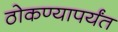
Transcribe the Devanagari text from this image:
ठोकण्यापर्यंत